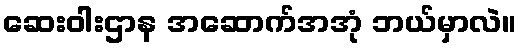
ဆေးဝါးဌာန အဆောက်အအုံ ဘယ်မှာလဲ။